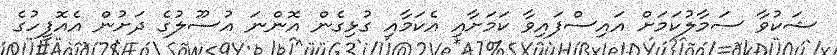
ޝަކުވާ ސަމާލުކަމަށް އައިސްފައިވާ ކަމަށާއި އެކަމާއި ގުޅިގެން އޮންނަ އުސޫލުގެ ދަށުން އެއޮފީހުގެ